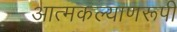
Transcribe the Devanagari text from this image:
आत्मकल्याणरूपी